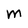
Character: M